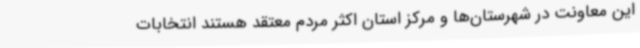
این معاونت در شهرستان‌ها و مرکز استان اکثر مردم معتقد هستند انتخابات